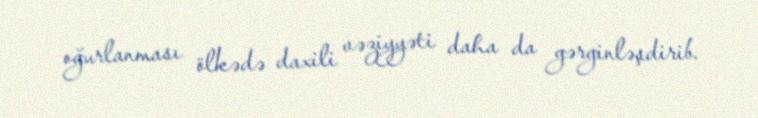
oğurlanması ölkədə daxili vəziyyəti daha da gərginləşdirib.